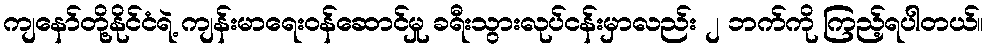
ကျနော်တို့နိုင်ငံရဲ့ ကျန်းမာရေးဝန်ဆောင်မှု ခရီးသွားလုပ်ငန်းမှာလည်း ၂ ဘက်ကို ကြည့်ရပါတယ်။